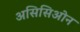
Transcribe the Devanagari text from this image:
असिसिओन